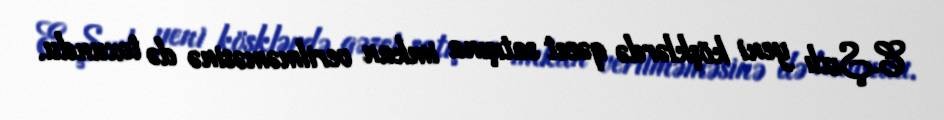
E.Şıxlı yeni köşklərdə qəzet satışına imkan verilməməsinə də toxundu.